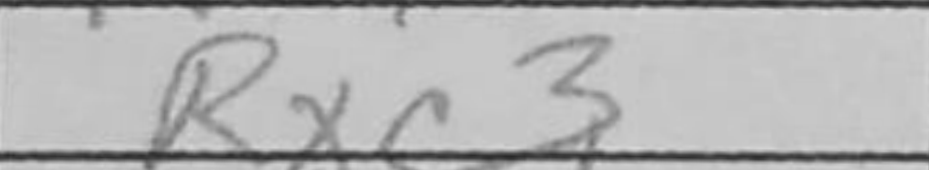
Transcription: Rxc3